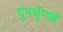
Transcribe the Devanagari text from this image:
पुनर्भुनाई